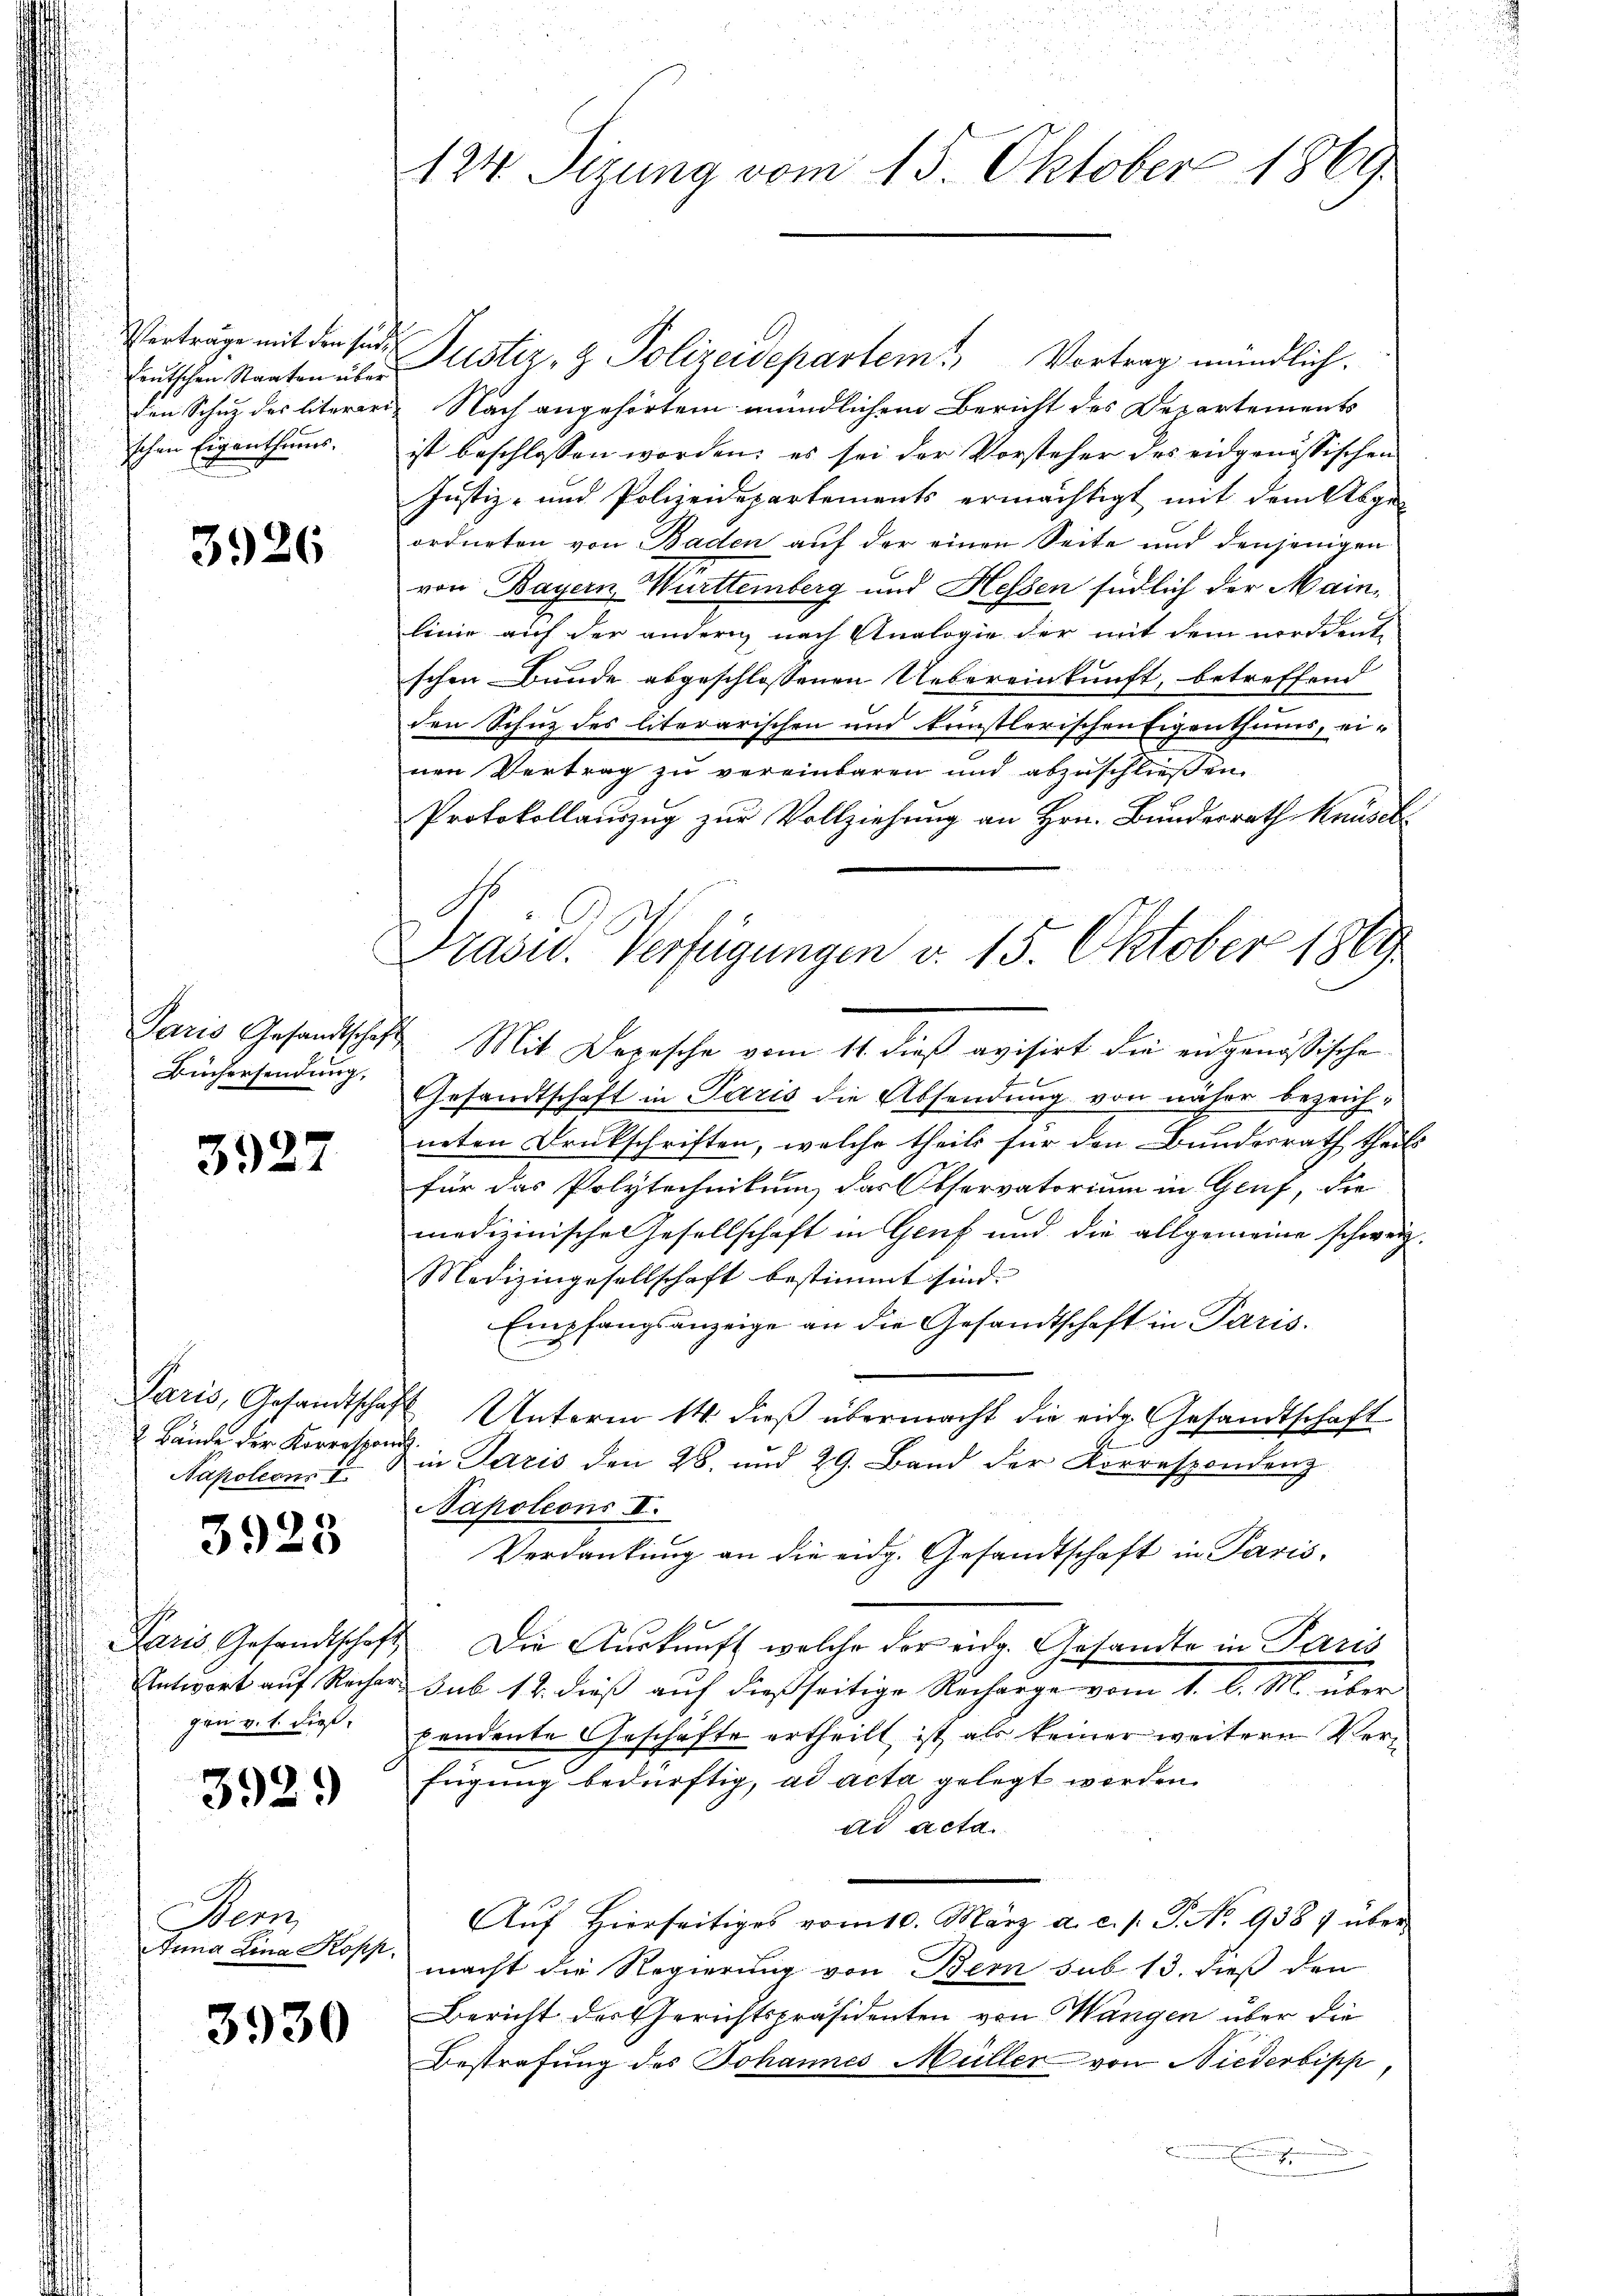
Verträge mit den Ende.
leutschen Staaten über
den Schutz des literari
schen Eigenthums,

3926

Paris Gesandtschaf
Büchersendung,

3927

Bände der Korrespond
Napoleon 7

3928

gan v. 1. dieß,

3929

Bern,
Anna Lina Kopp.

3930

124. Sizung vom 15. Oktober 1869.

Justiz- & Polizeidepartem Vortrag mündlich.
 Nach angehörtem mündlichem Bericht des Departements
ist beschlossen worden; es sei der Vorsteher des eidgenössischen
Justiz- und Polizeidepartements ermächtigt mit dem Abge-
ordneten von Baden auf der einen Seite und denjenigen
von Bayern, ittemberg und Hessen südlich der Mainlinie auf der andern nach Analogie der mit dem norddente
schen Bunde abgeschlossenen Uebereinkunft, betreffend
den Schutz des literarischen und künstlerischen Eigenthums, einen Vertrag zu vereinbaren und abzuschließen.
Protokollauszug zur Vollziehung an Hrn. Bundesrath Knüsel
7 Mit Depesche vom 11. dieβ avisirt die eidgenössische
Gesandtschaft in Paris die Absendung von näher bezeichneten Druckschriften, welche theils für den Bundesrath theils
für das Polytechnikum das Observatorium in Genf, die
medizinische Gesellschaft in Genf und die allgemeine schweiz.
Medizingesellschaft bestimmt sind.
Empfangsanzeige an die Gesandtschaft in Paris.
Paris, Gesandtschaft Unterm 14. dieβ übermacht die eidg. Gesandtschaft
e
in Paris den 28. und 29. Band der Korrespondenz
Napoleons II.
Verdankung an die eidg. Gesandtschaft in Paris,
Paris Gesandtschaft Die Aŭskŭnft welche der eidg. Gesandte in Paris
Antwort auf Recher sub 14. dieß auf dießseitige Recharge vom 1. l. M. über
pendente Geschäfte ertheilt, ist als keiner weitern Verfügung bedürftig, ad acta gelegt werden.
ad acta
Auf Hierseitiges vom 10. März a. c. s. P. No. 9387 übermacht die Regierung von Bern sub 13. dieß den
Bericht der Gerichtspräsidenten von Wangen über die
Bestrafung des Johannes Müller von Niederbipp,
e
u

Drasw. Verfügungen v. 15. Oktober 1869